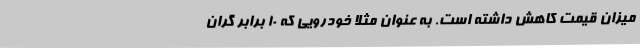
میزان قیمت کاهش داشته است. به عنوان مثلا خودرویی که 10 برابر گران